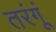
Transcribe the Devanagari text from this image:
तरंगूं